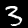
Digit: 3